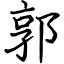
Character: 郭